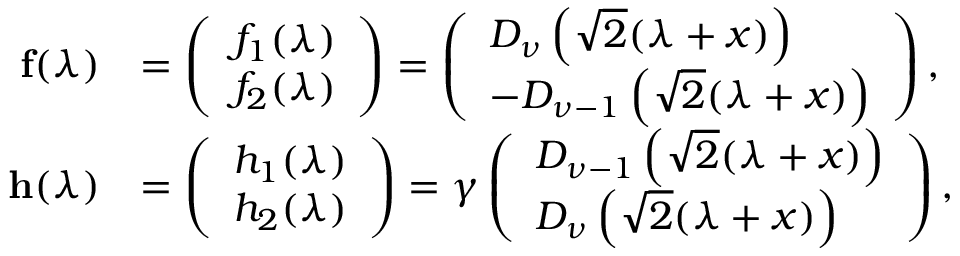
\begin{array} { r l } { \mathbf { f } ( \lambda ) } & { = \left( \begin{array} { l } { f _ { 1 } ( \lambda ) } \\ { f _ { 2 } ( \lambda ) } \end{array} \right) = \left( \begin{array} { l } { D _ { \nu } \left( \sqrt { 2 } ( \lambda + x ) \right) } \\ { - D _ { \nu - 1 } \left( \sqrt { 2 } ( \lambda + x ) \right) } \end{array} \right) , } \\ { \mathbf { h } ( \lambda ) } & { = \left( \begin{array} { l } { h _ { 1 } ( \lambda ) } \\ { h _ { 2 } ( \lambda ) } \end{array} \right) = \gamma \left( \begin{array} { l } { D _ { \nu - 1 } \left( \sqrt { 2 } ( \lambda + x ) \right) } \\ { D _ { \nu } \left( \sqrt { 2 } ( \lambda + x ) \right) } \end{array} \right) , } \end{array}